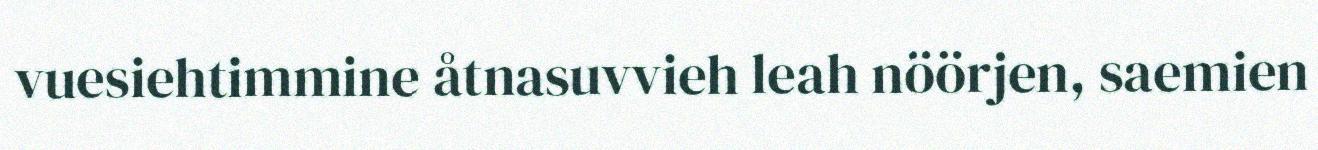
vuesiehtimmine åtnasuvvieh leah nöörjen, saemien